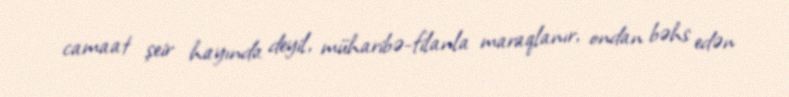
camaat şeir hayında deyil, müharibə-filanla maraqlanır, ondan bəhs edən